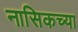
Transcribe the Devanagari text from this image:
नासिकच्या